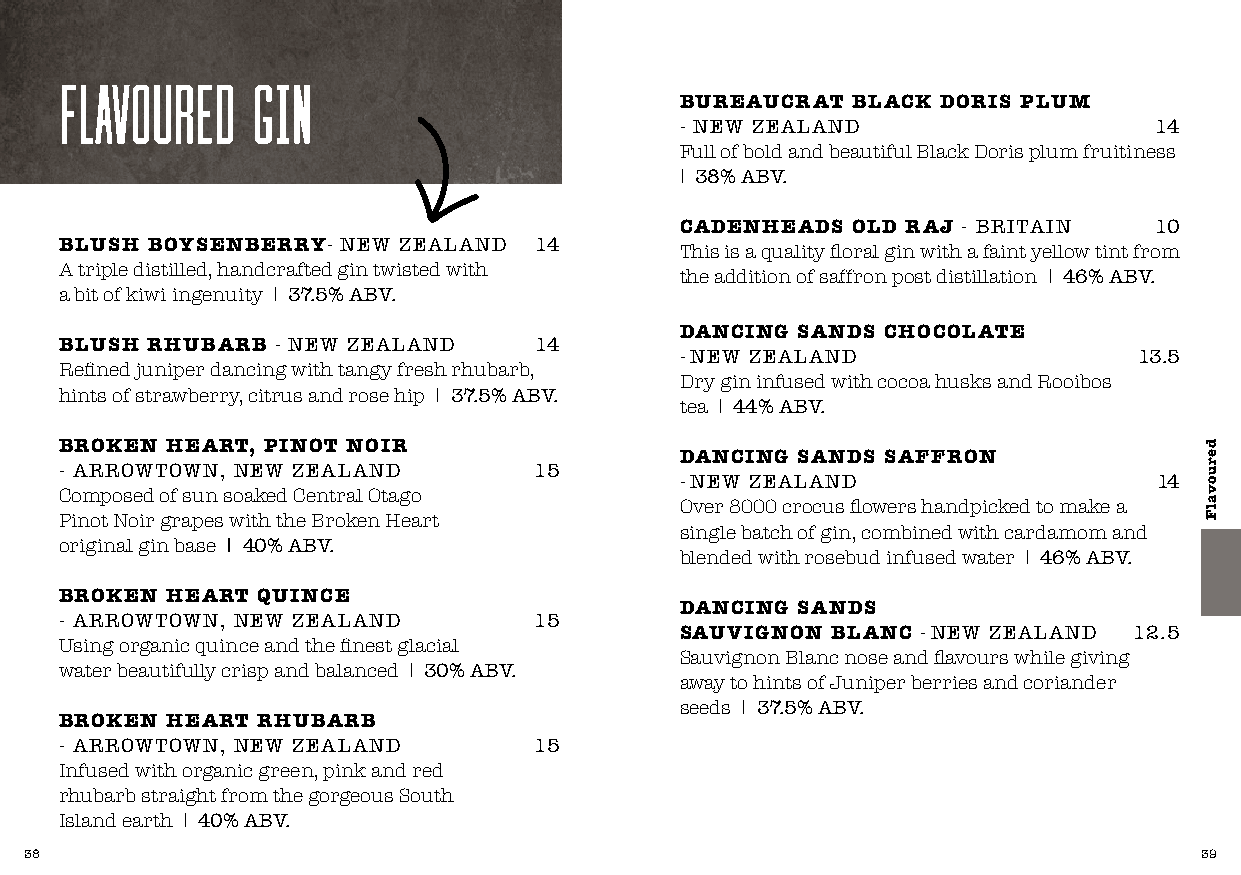
flavoured    GIN
 BUREAUCRAT BLACK DORIS PLUM
 - NEW ZEALAND                  14
 Full of bold and beautiful Black Doris plum fruitiness
 I 38% ABV.
 CADENHEADS OLD RAJ - BRITAIN   10
 BLUSH BOYSENBERRY- NEW ZEALAND 14        This is a quality floral gin with a faint yellow tint from
 A triple distilled, handcrafted gin twisted with
 the addition of saffron post distillation I 46% ABV.
 a bit of kiwi ingenuity I 37.5% ABV.
 DANCING SANDS CHOCOLATE
 BLUSH RHUBARB - NEW ZEALAND    14
 - NEW ZEALAND                 13.5
 Refined juniper dancing with tangy fresh rhubarb,
 Dry gin infused with cocoa husks and Rooibos
 hints of strawberry, citrus and rose hip I 37.5% ABV.
 tea I 44% ABV.
 BROKEN HEART, PINOT NOIR
 DANCING SANDS SAFFRON
 - ARROWTOWN, NEW ZEALAND       15
 - NEW ZEALAND                   14
 Composed of sun soaked Central Otago
 Over 8000 crocus flowers handpicked to make a
 Pinot Noir grapes with the Broken Heart
 single batch of gin, combined with cardamom and
 original gin base I 40% ABV.
 blended with rosebud infused water I 46% ABV.
 BROKEN HEART QUINCE
 DANCING SANDS
 - ARROWTOWN, NEW ZEALAND       15
 SAUVIGNON BLANC - NEW ZEALAND 12.5
 Using organic quince and the finest glacial
 Sauvignon Blanc nose and flavours while giving
 water beautifully crisp and balanced I 30% ABV.
 away to hints of Juniper berries and coriander
 seeds I 37.5% ABV.
 BROKEN HEART RHUBARB
 - ARROWTOWN, NEW ZEALAND       15
 Infused with organic green, pink and red
 rhubarb straight from the gorgeous South
 Island earth I 40% ABV.
 38                                                                           39
 deruovalF